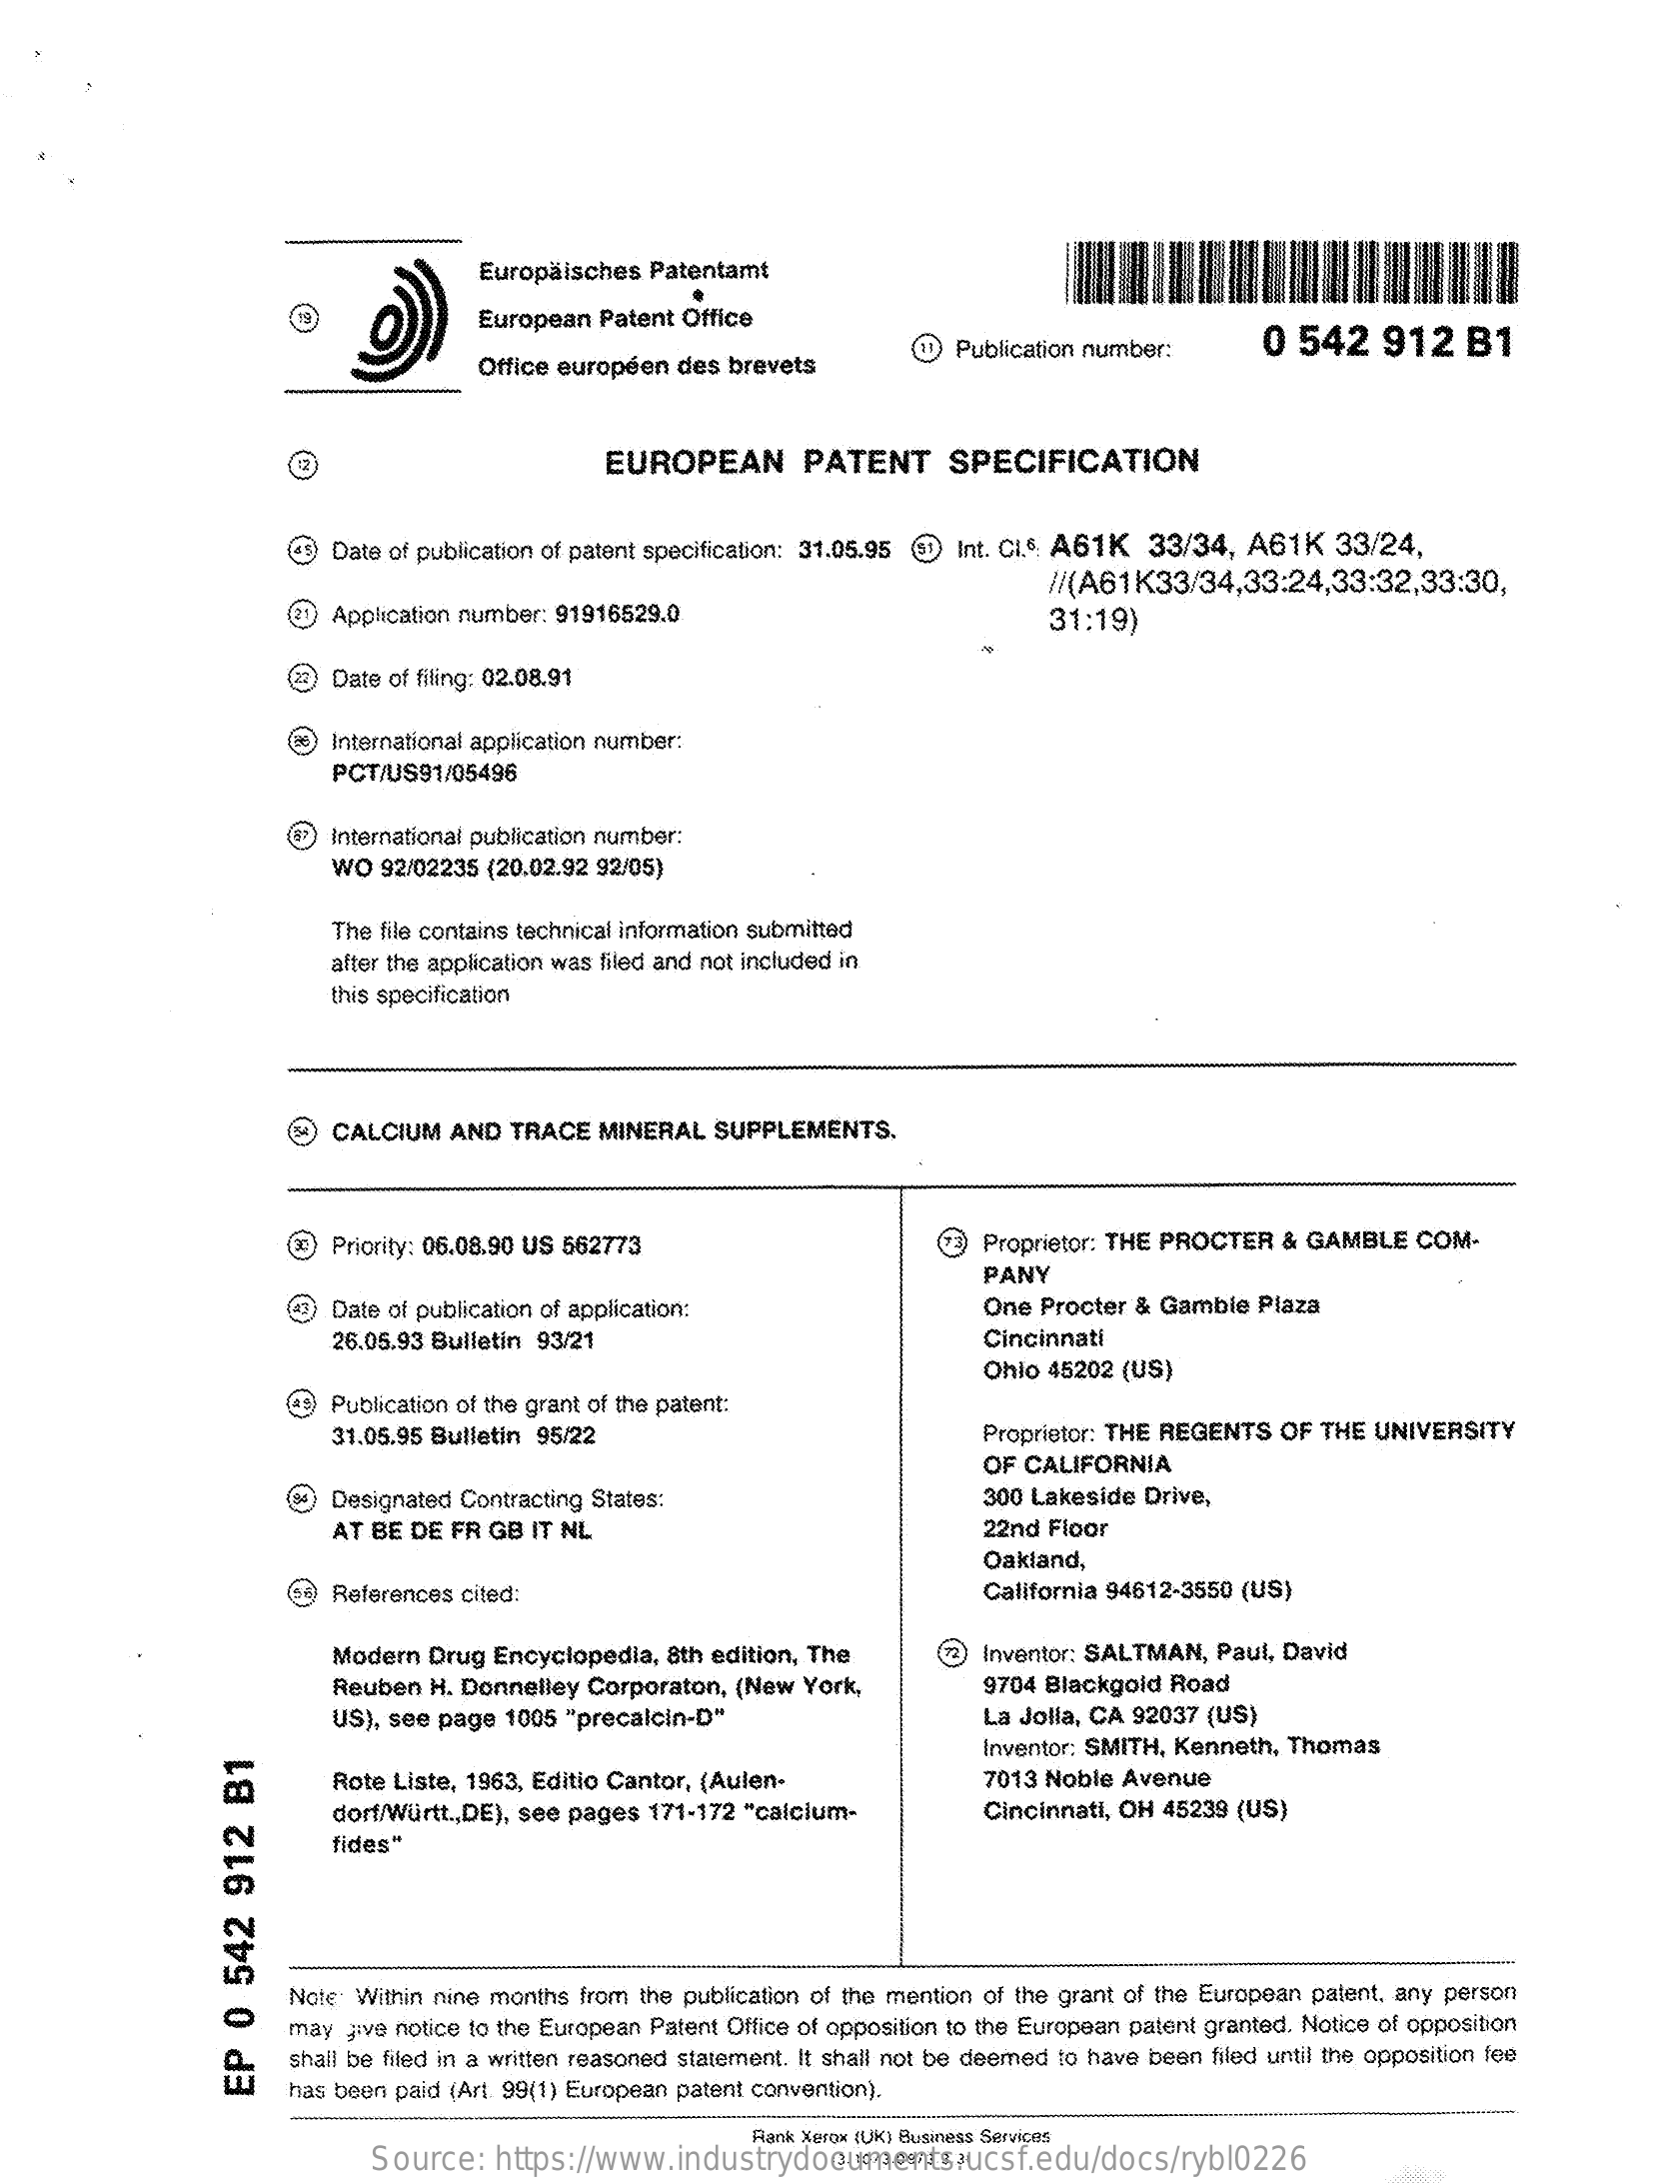
Europäisches Patentamt
     European Patent Office
     Office européen des brevets
     Publication number:    0 542    912   B1
     EUROPEAN    PATENT    SPECIFICATION
     45) Date of publication of patent specification: 31.05.95 Int. CI.6. A61K 33/34, A61K 33/24,
     //(A61K33/34,33:24,33:32,33:30,
     21) Application number: 91916529.0    31:19)
     Date of filing: 02.08.91
     International application number:
     PCT/US91/05496
     International publication number:
     WO  92/02235 (20.02.92 92/05)
     The file contains technical information submitted
     after the application was filed and not included in
     this specification
     CALCIUM  AND TRACE  MINERAL  SUPPLEMENTS.
     Priority: 06.08.90 US 562773    Proprietor: THE PROCTER & GAMBLE  COM-
     PANY
     Date of publication of application:    One Procter & Gamble Plaza
     26.05.93 Bulletin 93/21    Cincinnati
     Ohio 45202 (US)
     Publication of the grant of the patent:
     31.05.95 Bulletin 95/22    Proprietor: THE REGENTS OF THE UNIVERSITY
     OF CALIFORNIA
     Designated Contracting States:    300 Lakeside Drive,
     AT BE DE FR GB IT NL    22nd Floor
     Oakland,
     References cited:    California 94612-3550 (US)
     Modern Drug Encyclopedia, 8th edition, The
     Reuben H. Donnelley Corporaton, (New York,
     Inventor: SALTMAN, Paul, David
     9704 Blackgold Road
     US), see page 1005 "precalcin-D"    La Jolla, CA 92037 (US)
     Rote Liste, 1963, Editio Cantor, (Aulen-
     Inventor: SMITH, Kenneth, Thomas
     7013 Noble Avenue
     dorf/Württ ., DE), see pages 171-172 "calcium-    Cincinnati, OH 45239 (US)
     fides"
     Note Within nine months from the publication of the mention of the grant of the European patent, any person
     may give notice to the European Patent Office of opposition to the European patent granted. Notice of opposition
     shall be filed in a written reasoned statement. It shall not be deemed to have been filed until the opposition fee
     has been paid (Art. 99(1) European patent convention).
     EP
     0
     542
     912
     B1
     Rank Xerox (UK) Business Services
     Source:   https://www.industrydocuments.ucsf.edu/docs/rybl0226 :3.10/3.09/3.3. 3Ł